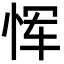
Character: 恽